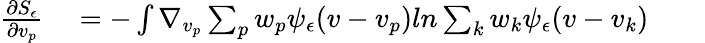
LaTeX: \begin{array}{rlrl}{\frac{\partial S_{\epsilon}}{\partial v_{p}}}&{{}=-\int\nabla_{v_{p}}\sum_{p}w_{p}\psi_{\epsilon}(v-v_{p})ln\sum_{k}w_{k}\psi_{\epsilon}(v-v_{k})}&{}&{{}}\end{array}